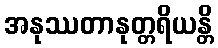
အနုဿတာနုတ္တရိယန္တိ